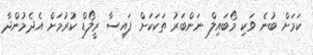
ކަމަށް ބުނެ ވަކި މޯބައިލް ނަންބަރު ތަކަކަށް ފައިސާ ރީލޯޑް ކުރުމަށް އެދެމުންދާ